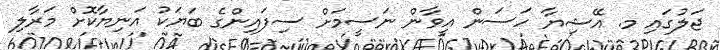
ޖަލުގައި މ. އޭޝިޔާ ހަސަން އީވާން ނަސީމަށް ސިފައިންގެ ބަޔަކު އަނިޔާކޮށް މަރާލި